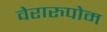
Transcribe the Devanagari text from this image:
वेरारुपोम